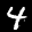
Label: 4